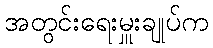
အတွင်းရေးမှူးချုပ်က